Annual report on the Civil Veterinary Department, Burma (including the Insein Veterinary School) - 1910-1922
Year: 1910
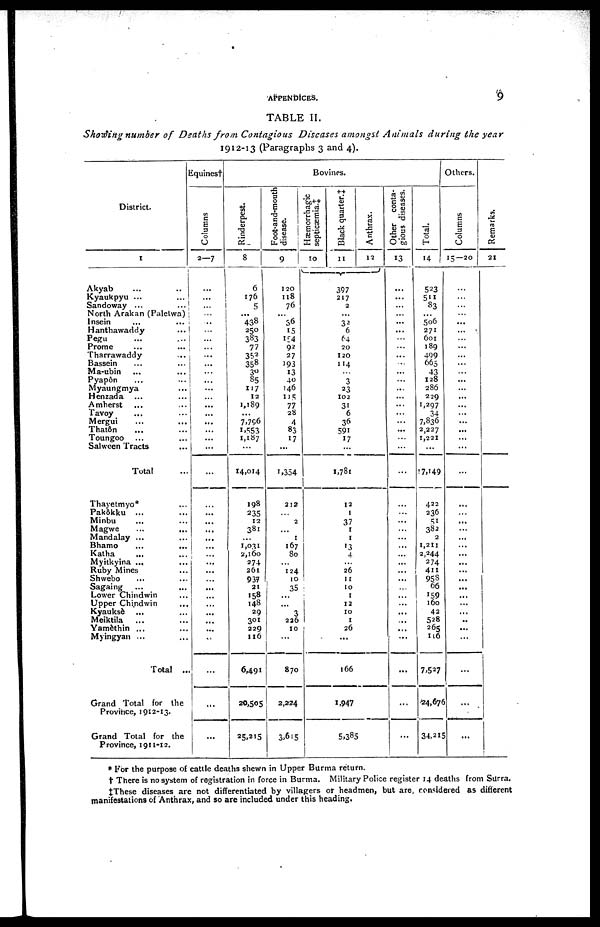
APPENDICES.
9
Showing number of Deaths front Contagious Diseases amongst Animals during the year
1912-13 (Paragraphs 3 and 4).
District.
1
Akyab ... ...
Kyaukpyu ... ...
Sandoway ... ...
North Arakan (Palctwa)
Insein ... ...
Hanthawaddy ...
Pegu
Prome ... ...
Tharrawaddy ... ..
Bassein ... ...
Ma-ubin ... ...
Pyapôn ... ..
Myaungmya ...
Henzada ... ...
Amherst
Tavoy
... ...
Mergui ... ...
Thatôn ... ...
Toungoo ... ...
Salween Tracts ...
Total
Thayetmyo* ...
Pakôkku ... ...
Minbu ... ...
Magwe
...
...
Mandalay ... ...
Bhamo
...
...
Katha ... ...
Myitkyina ... ...
Ruby Mines
Shwebo ... ...
Sagaing
... ...
Lower Chindwin ...
Upper Chindwin ...
Kyauksè ... ...
Meiktila ... ...
Yamèthin ... ...
Myingyan ... ...
Total ...
Grand Total for the
Province, 1912-13.
Grand Total for the
Province, 1911-12.
Equines †
Columns
2—7
...
...
...
...
...
...
...
...
...
...
...
...
...
...
...
...
...
...
...
...
...
...
...
...
...
...
...
...
...
...
...
...
...
...
...
...
...
...
...
...
Bovines.
Rinderpest.
8
6
176
5
438
250
383
77
352
358
30
S5
117
12
1,189
...
7,796
1,553
1,187
...
14,014
198
235
12
381
1,031
2,160
274
261
937
21
158
148
29
301
229
116
6,491
20,505
25,215
Foot-and-mouth
disease.
9
120
118
76
...
36
15
154
92
27
193
13
40
146
115
77
28
4
83
17
...
1,354
212
...
2
...
1
167
80
...
124
110
35
...
...
3
226
10
...
870
2,224
3,615
Hæmorrhagic
septicæemia.^
10
...
Black quarter.‡
11
397
217
2
...
32
6
64
20
120
114
...
3
23
102
31
6
36
591
17
...
1,781
12
1
37
1
1
13
4
...
26
11
10
1
12
10
1
26
...
166
1,947
5,385
Anthrax.
12
Other conta-
gious diseases.
13
...
...
...
...
...
...
...
...
...
...
...
...
...
...
...
...
...
...
...
...
...
...
...
...
...
...
...
...
...
...
...
...
...
...
...
...
...
...
...
...
...
Total.
14
523
511
83
...
506
271
601
189
499
665
43
128
286
229
1,297
34
7,836
2,227
1,221
...
1 7,149
422
236
51
382
2
1,211
2,244
274
411
958
66
159
160
42
528
265
116
7,527
24,676
34,215
Others.
Columns
15—20
...
...
...
...
...
...
...
...
...
...
...
...
...
...
...
...
...
...
...
...
...
...
...
...
...
...
...
...
...
...
...
...
...
...
...
...
...
...
...
...
...
Re ma r
ks .
21
1
* For the purpose of cattle deaths shewn in Upper Burma return.
† There is no system of registration in force in Burma. Military Police register 14 deaths from Surra.
‡These diseases are not differentiated by villagers or headmen, but are, considered as different
manifestations of Anthrax, and so are included under this heading.